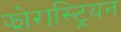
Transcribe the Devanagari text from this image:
झोरास्ट्रियन